Problem: 4 × 4 = ?
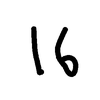
Handwritten answer: 16